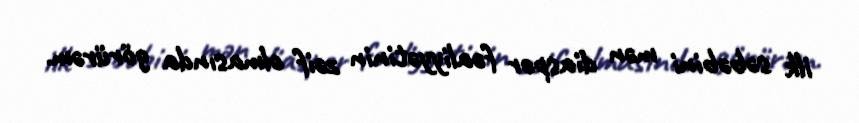
ilk səbəbini mən diaspor fəaliyyətinin zəif olmasında görürəm.